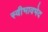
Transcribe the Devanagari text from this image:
स्वीभावभेद